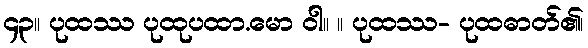
၄၃။ ပုထဿ ပုထုပထာ.မော ဝါ။ ။ ပုထဿ- ပုထဓာတ်၏၊